Report of the Municipal Commissioner on the plague in Bombay for the year ending 31st May... - Volume 2
Disease focus: Plague
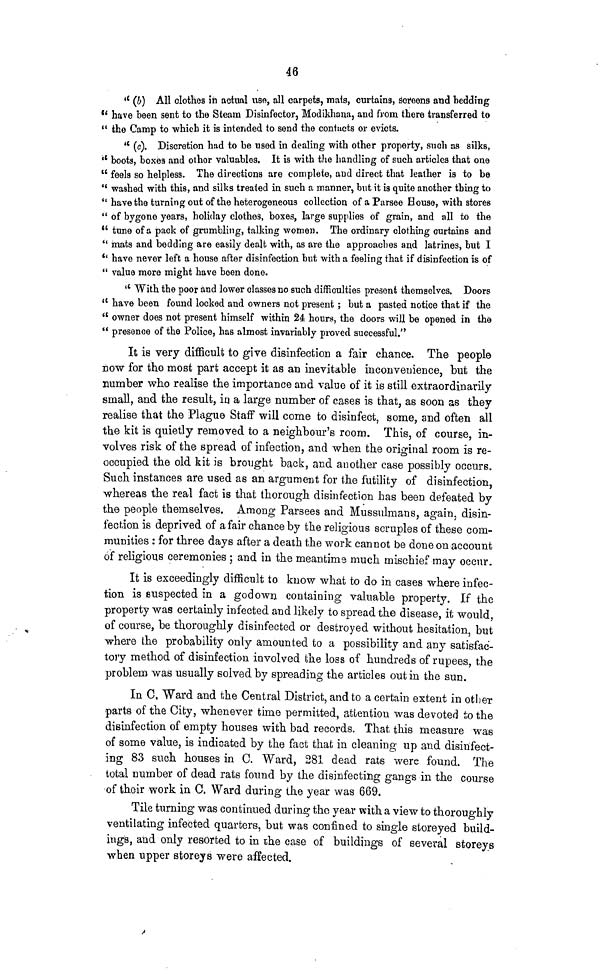
46
" (b) Αll clothes in actual uso, all carpets, mats, curtains, screens and bedding
" have been sent to the Steam Disinfector, Modikhana, and from there transferred to
" the Camp to which it is intended to send the contacts or evicts.
" (c). Discretion hud to be used in dealing with other property, such as silks,
" boots, boxes and other valuables. It is with the handling of such articles that one
" feels so helpless. The directions are complete, and direct that leather is to be
" washed with this, and silks treated in such a manner, but it is quite another thing to
" have the turning out of the heterogeneous collection of a Parsee House, with stores
" of bygone years, holiday clothes, boxes, large supplies of grain, and all to the
" tune of a pack of grumbling, talking women. The ordinary clothing curtains and
" mats and bedding are easily dealt with, as are the approaches and latrines, but I
" have never left a house after disinfection but with a feeling that if disinfection is of
" value more might have been done.
"With the poor and lower classes no such difficulties present themselves. Doors
" have been found locked and owners not present ; but a pasted notice that if the
" owner does not present himself within 24 hours, the doors will be opened in the
" presence of the Police, has almost invariably proved successful."
It is very difficult to give disinfection a fair chance. The people
now for the most part accept it as an inevitable inconvenience, but the
number who realise the importance and value of it is still extraordinarily
small, and the result, in a large number of cases is that, as soon as they
realise that the Plague Staff will come to disinfect, some, and often all
the kit is quietly removed to a neighbour's room. This, of course, in-
volves risk of the spread of infection, and when the original room is re-
occupied tbe old kit is brought back, and another case possibly occurs.
Such instances are used as an argument for the futility of disinfection,
whereas the real fact is that thorough disinfection has been defeated by
the people themselves. Among Parsees and Mussulmans, again, disin-
fection is deprived of a fair chance by the religious scruples of these com-
munities : for three days after a death the work cannot be done on account
of religious ceremonies ; and in the meantime much mischief may occur.
It is exceedingly difficult to know what to do in cases where infec-
tion is suspected in a god own containing valuable property. If the
property was certainly infected and likely to spread the disease, it would,
of course, be thoroughly disinfected or destroyed without hesitation, but
where the probability only amounted to a possibility and any satisfac-
tory method of disinfection involved the loss of hundreds of rupees, the
problem was usually solved by spreading the articles out in the sun.
In C. Ward and the Central District, and to a certain extent in other
parts of the City, whenever time permitted, attention was devoted to the
disinfection of empty houses with bad records. That this measure was
of some value, is indicated by the fact that in cleaning up and disinfect-
ing 83 such houses in C. Ward, 281 dead rats were found. The
total number of dead rats found by the disinfecting gangs in the course
of their work in C. Ward during the year was 669.
Tile turning was continued during the year with a view to thoroughly
ventilating infected quarters, but was confined to single storeyed build-
ings, and only resorted to in ihe case of buildings of several storeys
when upper storeys were affected.